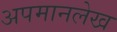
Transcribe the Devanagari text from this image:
अपमानलेख